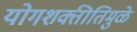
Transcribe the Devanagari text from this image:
योगशक्तीतिमुळे